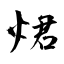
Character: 𤉙